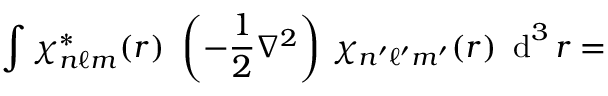
\int \chi _ { n \ell m } ^ { * } ( r ) ~ \left( - { \frac { 1 } { 2 } } \nabla ^ { 2 } \right) \, \chi _ { n ^ { \prime } \ell ^ { \prime } m ^ { \prime } } ( r ) ~ \operatorname { d } ^ { 3 } r =